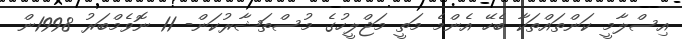
އިސްލާމީ ކަންތައްތަކާ ބެހޭ އެންމެ މަތީ މަޖްލީހުގެ މުސްތަޝާރުކަން- 11 ނޮވެމްބަރު 1998ން